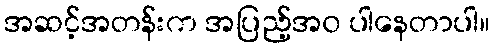
အဆင့်အတန်းက အပြည့်အ၀ ပါနေတာပါ။